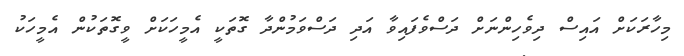
މިހާރަކަށް އައިސް ދިވެހިންނަށް ދަސްވެފައިވާ އަދި ދަސްވަމުންދާ ގޮތަކީ އެމީހަކަށް ވީގޮތަކުން އެމީހަކު